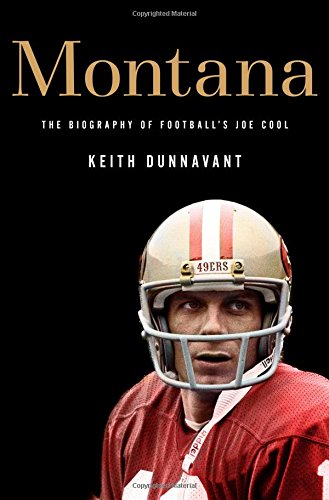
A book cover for Montana: The Biography of Football's Joe Cool; Keith Dunnavant; Biographies & Memoirs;